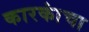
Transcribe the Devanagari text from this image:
कारकांचा